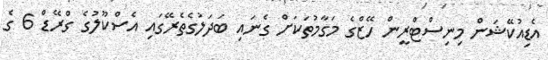
އެޑިއުކޭޝަން މިނިސްޓްރީން ހޭޒްގެ މަގާމުތަކަށް ގެނައި ބަދަލުގެތެރޭގައި އެސްކޫލުގެ ގްރޭޑް 6 ގެ